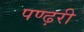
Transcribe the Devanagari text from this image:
पण्ढ़री